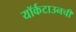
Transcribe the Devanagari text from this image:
यॉर्कटाउनची